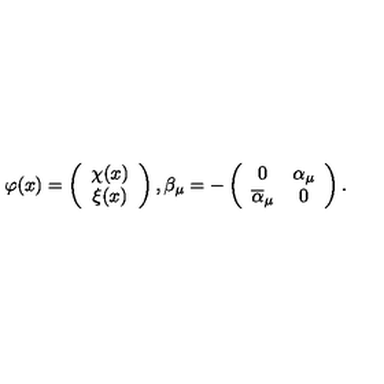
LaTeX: \varphi ( x ) = \left( \begin{array} { c } { \chi ( x ) } \\ { \xi ( x ) } \\ \end{array} \right) , \beta _ { \mu } = - \left( \begin{array} { c c } { 0 } & { \alpha _ { \mu } } \\ { \overline { { \alpha } } _ { \mu } } & { 0 } \\ \end{array} \right) .